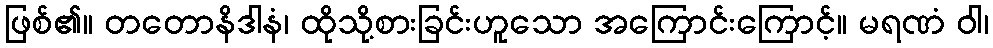
ဖြစ်၏။ တတောနိဒါနံ၊ ထိုသို့စားခြင်းဟူသော အကြောင်းကြောင့်။ မရဏံ ဝါ၊